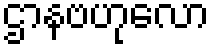
ဌာနဗဟုလော